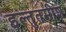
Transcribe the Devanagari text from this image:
इल्तुतमीश